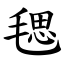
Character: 毸